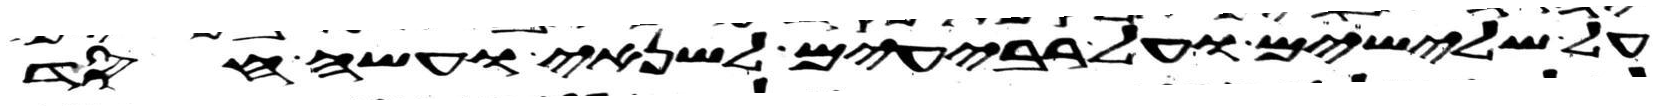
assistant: על שלישים ועל רביעים לשנאי ועשה חסד